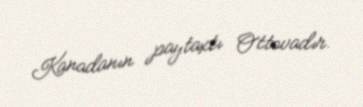
Kanadanın paytaxtı Ottovadır.